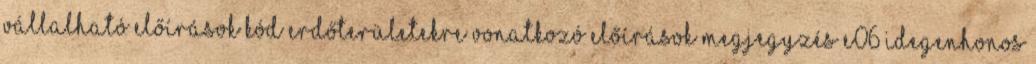
vállalható előírások Kód Erdőterületekre vonatkozó előírások Megjegyzés E06 Idegenhonos